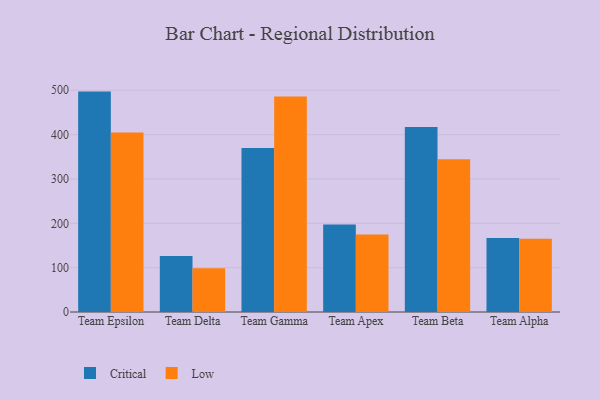
{"axis": {"x": "Team", "y": "Customer Acquisition Cost (USD)"}, "legend": ["Critical", "Low"], "data": [{"x": "Team Epsilon", "y": 497.0, "type": "Critical"}, {"x": "Team Epsilon", "y": 404.5, "type": "Low"}, {"x": "Team Delta", "y": 126.2, "type": "Critical"}, {"x": "Team Delta", "y": 98.4, "type": "Low"}, {"x": "Team Gamma", "y": 369.6, "type": "Critical"}, {"x": "Team Gamma", "y": 485.8, "type": "Low"}, {"x": "Team Apex", "y": 197.4, "type": "Critical"}, {"x": "Team Apex", "y": 175.0, "type": "Low"}, {"x": "Team Beta", "y": 416.9, "type": "Critical"}, {"x": "Team Beta", "y": 344.5, "type": "Low"}, {"x": "Team Alpha", "y": 166.6, "type": "Critical"}, {"x": "Team Alpha", "y": 164.9, "type": "Low"}]}